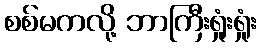
စစ်မကလို့ ဘာကြီးရှုံးရှုံး